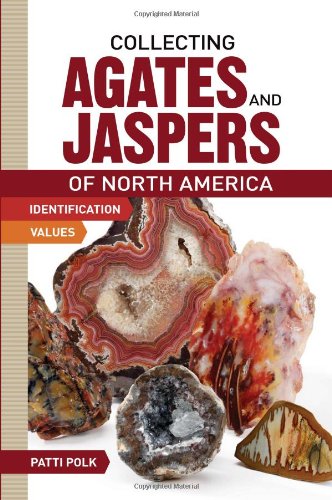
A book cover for Collecting Agates and Jaspers of North America; Patti Polk; Science & Math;